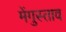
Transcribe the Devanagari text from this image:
मेंगुस्ताव